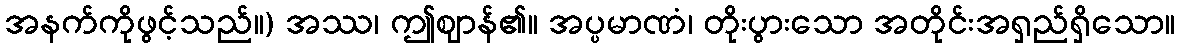
အနက်ကိုဖွင့်သည်။) အဿ၊ ဤဈာန်၏။ အပ္ပမာဏံ၊ တိုးပွားသော အတိုင်းအရှည်ရှိသော။